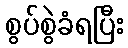
စွပ်စွဲခံရပြီး